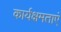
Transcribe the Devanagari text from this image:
कार्यक्षमताएं